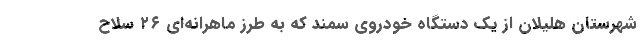
شهرستان هلیلان از یک دستگاه خودروی سمند که به طرز ماهرانه‌ای ۲۶ سلاح